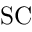
\mathrm { S C }